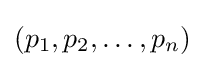
(p_{1},p_{2},\ldots ,p_{n})